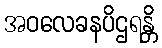
အဝလေခနပိဌရန္တိ